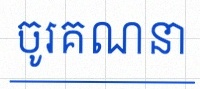
ចូរគណនា